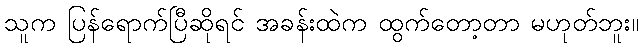
သူက ပြန်ရောက်ပြီဆိုရင် အခန်းထဲက ထွက်တော့တာ မဟုတ်ဘူး။